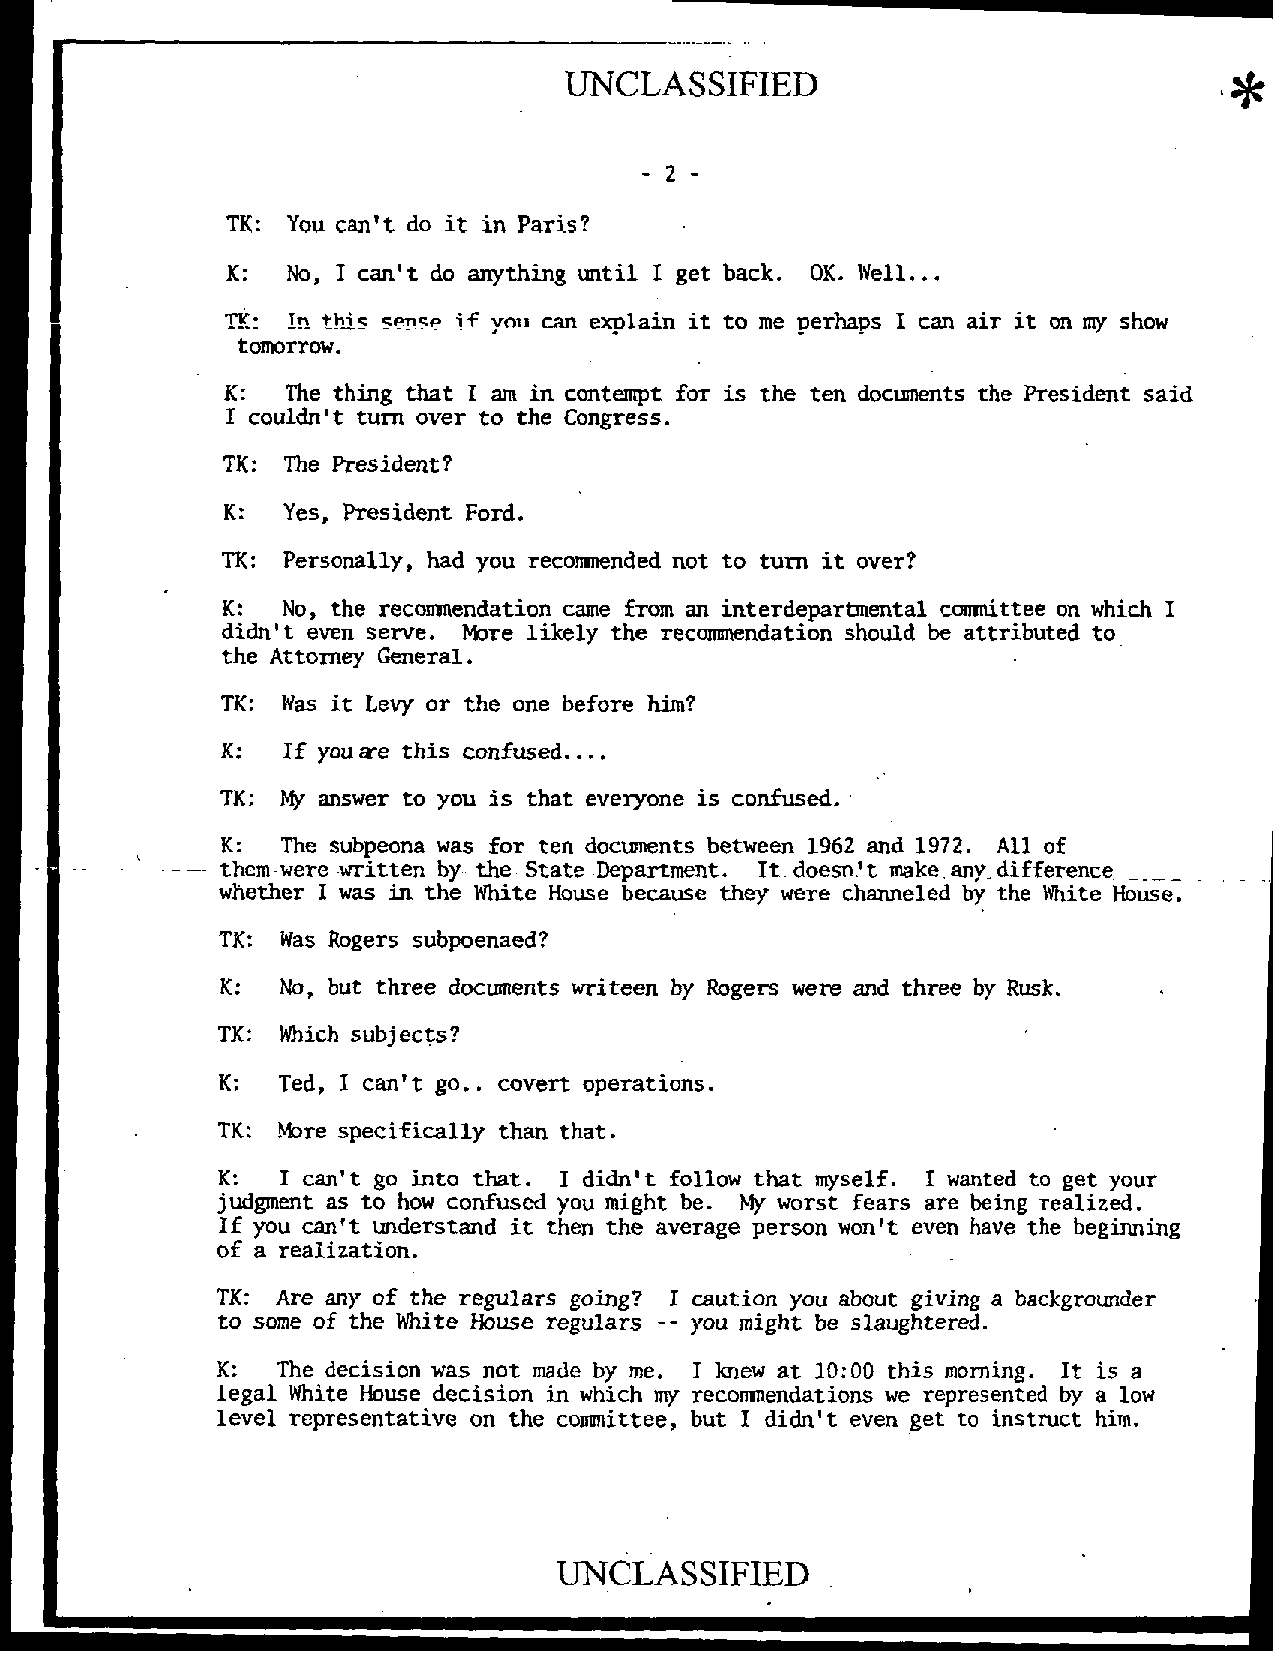
UNCLASSIFIED
 TK: You can't do it in Paris' ?
 K:  No, I can't do anything until I get back. QK. Well.
 ..
 Tv. In this so se if you can explain it to me perhaps I can air it on my show
 tomorrow.
 K:  The thing that I am in contempt for is the ten documents the President said
 I couldn't turn over to the Congress.
 TK: The President?
 K:  Yes, President Ford.
 it
 TK: Personally, had you recommended not to turn over?
 K:  No, the recoamendation came from an interdepartmental comnittee on which I
 didn't even serve. More likely the recommendation should be attributed to
 the Attorney General.
 it
 TK: Was  Levy or the one before him?
 K:  If you ae this confused. ...
 TK: My answer to you is that everyone is confused.
 K:  The subpeona was for ten documents between 1962 and 1972. All of
 It.    't
 them were written by- the- State Department. doesn. make any difference
 whether I was in the White House because they were channeled by the White House.
 TK:  Was Rogers subpoenaed?
 K:  No, but three documents writeen by Rogers were and three by Rusk.
 TK:  Which subjects?
 K:  Ted, I can't go. . covert operations.
 TK: More specifically than that.
 K:   I can't go into that. I didn't follow that myself. I wanted to get your
 j Iu fdg ym oe unt caa ns
 't
 to undho ew rstac no dnfus ie td thy eo nu m thi eght aveb re a.
 ge
 M py erw soo nrst wf oe na 'trs eva er ne b hae vin eg thr eeal bi ez ge id nn.
 ing
 of a realization.
 TK: Are any of the regulars going? I caution you about giving a backgrounder
 --
 to some of the White House regulars you might be slaughtered.
 K:  The decision was not made by me. I knew at 10:00 this morning. It is a
 legal White House decision in which my recosmendations we represented by a low
 level representative on the committee, but I didn't even get to instruct him.
 UNCLASSIFIED